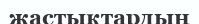
жастықтардың